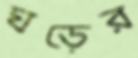
ঘড়ের